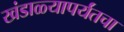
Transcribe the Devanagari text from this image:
खंडाळ्यापर्यंतचा